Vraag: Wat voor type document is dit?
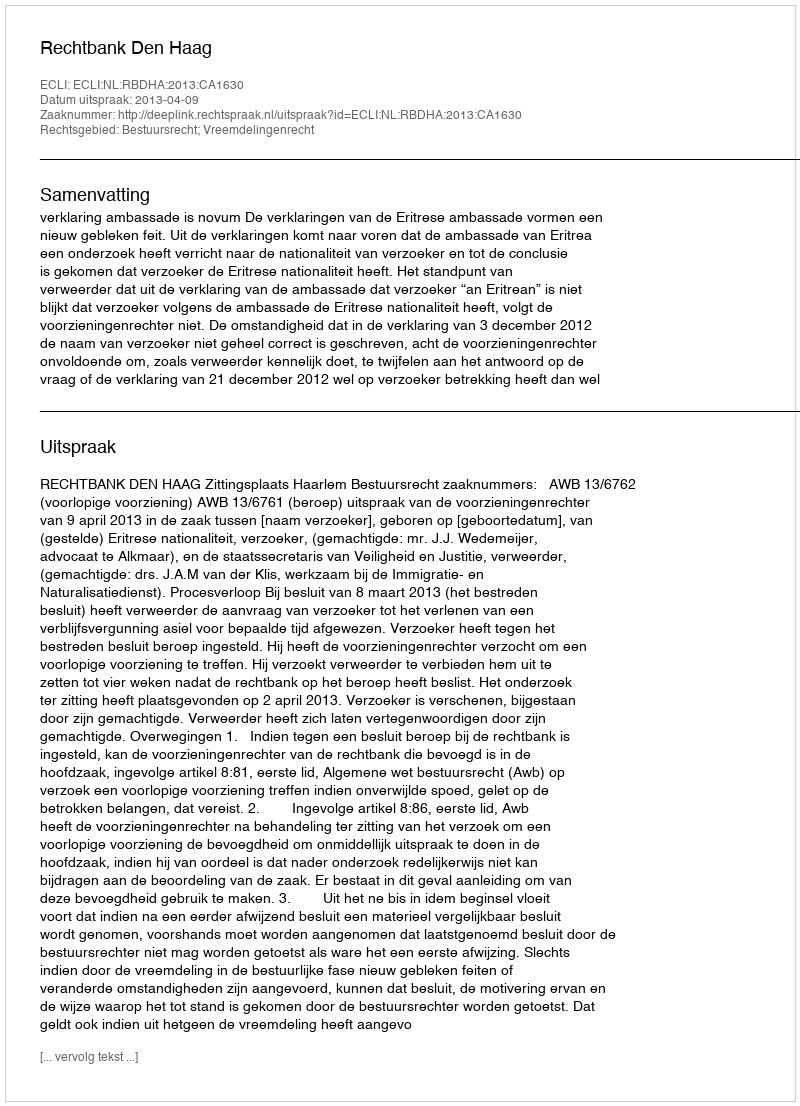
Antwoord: Uitspraak